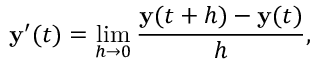
\mathbf { y } ^ { \prime } ( t ) = \operatorname* { l i m } _ { h \to 0 } { \frac { \mathbf { y } ( t + h ) - \mathbf { y } ( t ) } { h } } ,